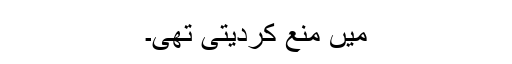
میں منع کردیتی تھی۔